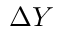
\Delta Y